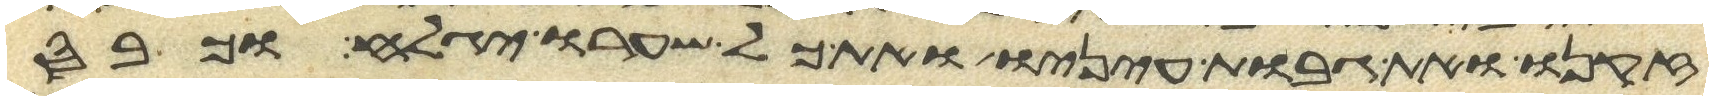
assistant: זקנו ואת גבות עיניו ואת כל שערו יגלח וכבס